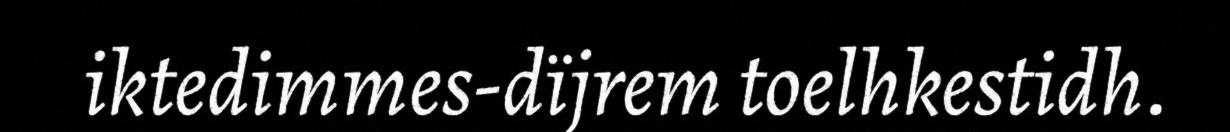
iktedimmes-dïjrem toelhkestidh.